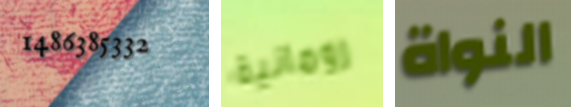
1486385332 رومانية النواة